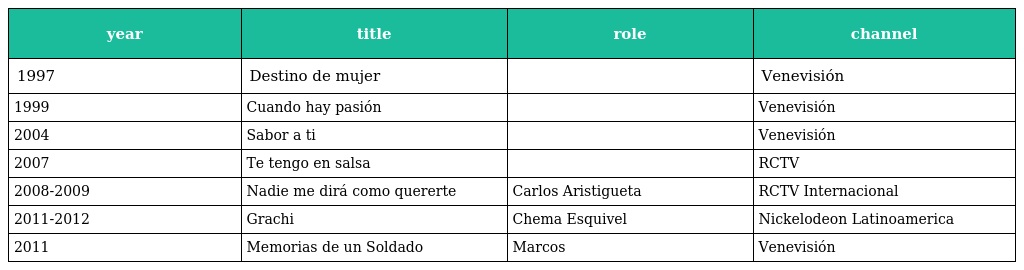
| year | title | role | channel |
 | --- | --- | --- | --- |
 | 1997 | Destino de mujer |  | Venevisión |
 | 1999 | Cuando hay pasión |  | Venevisión |
 | 2004 | Sabor a ti |  | Venevisión |
 | 2007 | Te tengo en salsa |  | RCTV |
 | 2008-2009 | Nadie me dirá como quererte | Carlos Aristigueta | RCTV Internacional |
 | 2011-2012 | Grachi | Chema Esquivel | Nickelodeon Latinoamerica |
 | 2011 | Memorias de un Soldado | Marcos | Venevisión |